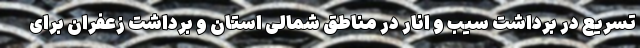
تسریع در برداشت سیب و انار در مناطق شمالی استان و برداشت زعفران برای